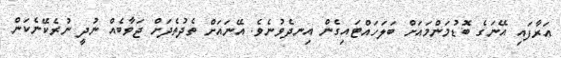
އަރާފައި އޭނަގެ ބޮޑުމަންމައަށް ބަލަހައްޓައިގެން އިނދެވުނެވެ. އޭނައަށް ތެދުތެދަށް ޖަވާބެއް ނުދީ ނުރެކޭނެކަން